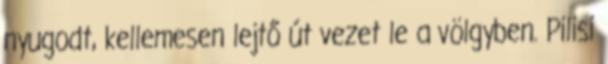
nyugodt, kellemesen lejtő út vezet le a völgyben. Pilisi